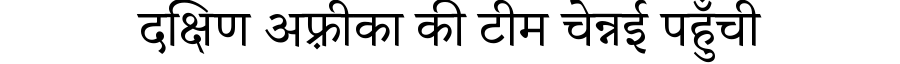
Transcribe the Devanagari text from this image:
दक्षिण अफ़्रीका की टीम चेन्नई पहुँची